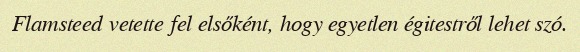
Flamsteed vetette fel elsőként, hogy egyetlen égitestről lehet szó.